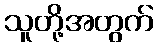
သူတို့အတွက်